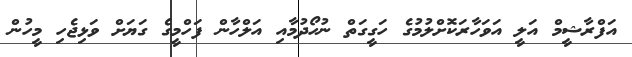
އަފްރާޝީމް އަލީ އަވަހާރަކޮށްލުމުގެ ހަގީގަތް ނުހޯދުމާއި އަލްހާން ފަހްމީގެ ގަޔަށް ވަޅިޖެހި މީހުން